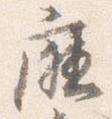
庁